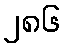
၂၈၆